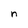
Character: n